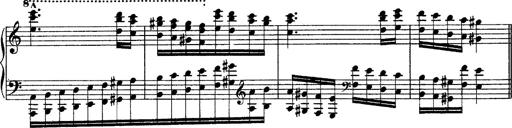
Title: Grandes Ã©tudes de Paganini
Composer: Franz Liszt